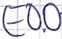
Text: E0.0